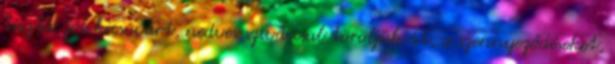
tiszta, jól kicsavart, nedves szivaccsal töröljük át, a szennyeződéseket,